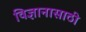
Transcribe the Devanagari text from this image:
विज्ञानासाठी